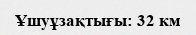
Ұшуұзақтығы: 32 км